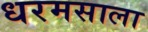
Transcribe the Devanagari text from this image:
धरमसाला